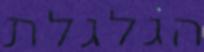
הגלגלת